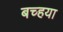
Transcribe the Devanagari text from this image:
बच्हया